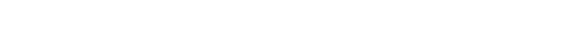
အကုသလာ၊ မလိမ္မာသော။ သာဂါဝီ ယထာ၊ ထိုဥပမာဖြစ်သော